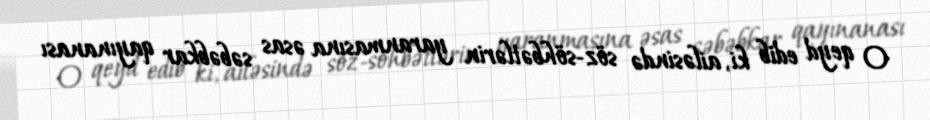
O qeyd edib ki, ailəsində söz-söhbətlərin yaranmasına əsas səbəbkar qayınanası